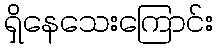
ရှိနေသေးကြောင်း